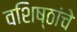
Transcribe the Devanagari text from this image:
वशिष्ठांचे